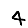
Digit: 4